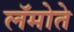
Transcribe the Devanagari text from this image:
लॅमोते